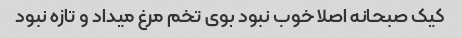
کیک صبحانه اصلا خوب نبود بوی تخم مرغ میداد و تازه نبود